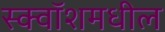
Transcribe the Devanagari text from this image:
स्क्वॉशमधील